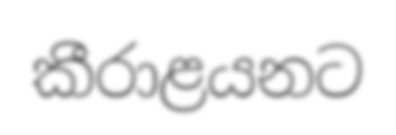
කීරාළයනට